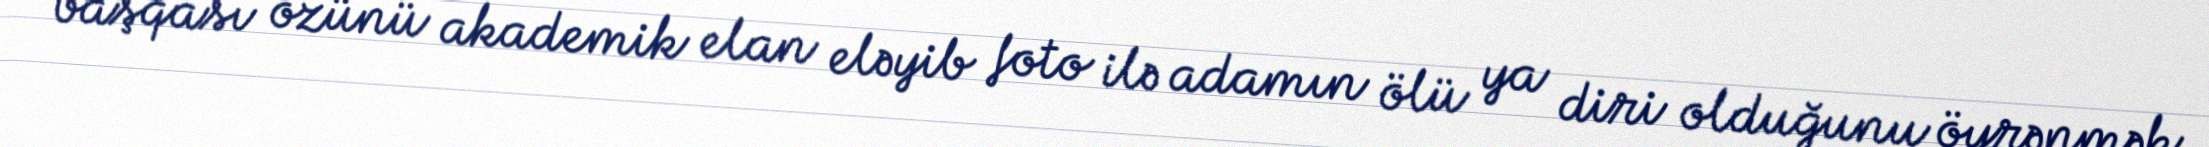
başqası özünü akademik elan eləyib foto ilə adamın ölü ya diri olduğunu öyrənmək